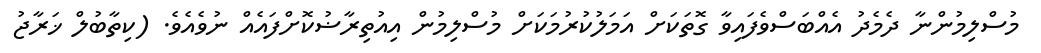
މުސްލިމުންނާ ދެމެދު އެއްބަސްވެފައިވާ ގޮތަކަށް އަމަލުކުރުމަކަށް މުސްލިމުން އިއުތިރާޟުކޮށްފައެއް ނުވެއެވެ. (ކިތާބުލް ޚަރާޖު